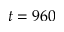
t = 9 6 0